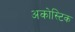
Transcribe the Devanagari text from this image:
अकोस्टिक